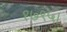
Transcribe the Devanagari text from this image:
१७९५।